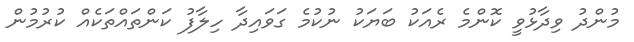
މުންދު ވިދާޅުވީ ކޮންމެ ރެއަކު ބަޔަކު ނުކުމެ ގަވައިދާ ހިލާފު ކަންތައްތަކެއް ކުރުމުން